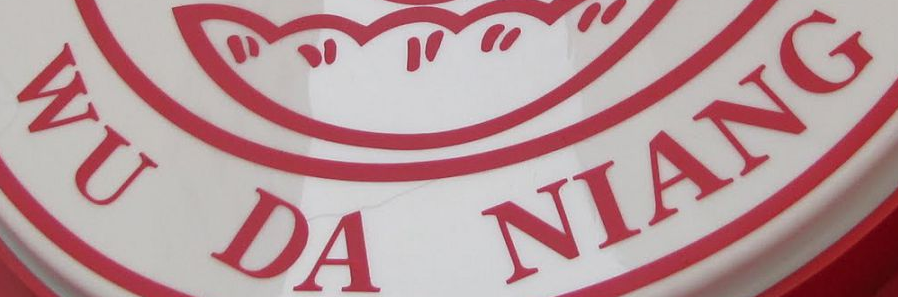
WU DA NIANG